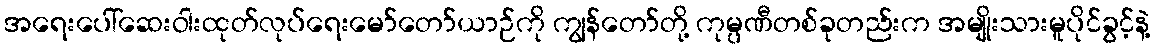
အရေးပေါ်ဆေးဝါးထုတ်လုပ်ရေးမော်တော်ယာဉ်ကို ကျွန်တော်တို့ ကုမ္ပဏီတစ်ခုတည်းက အမျိုးသားမူပိုင်ခွင့်နဲ့